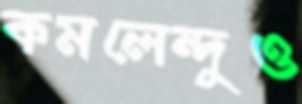
কমলেন্দুও